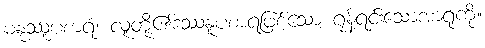
မနုဿူပစာရံ၊ လူတို့၏ဒဿနူပစာရဖြစ်သော ရုန့်ရင်းသောအာရုံကို။